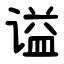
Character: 谥